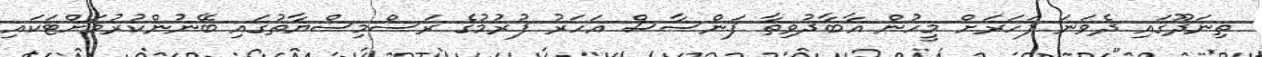
ތިނަދޫގައި ދެވަނަ ފަހަރަށް މީހުން އާބާދުވިތާ ފަންސާސް އަހަރު ފުރުމުގެ ރަސްމިސްޔާތުގައި ބޭނުންކުރުމަށްޓަކައި